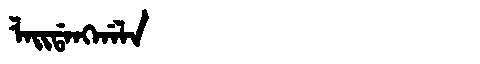
Manchu: ᠯᠠᡳᡩᠠᠩᡤᠠᠯᠠ
Romanization: LAIDANGGALA